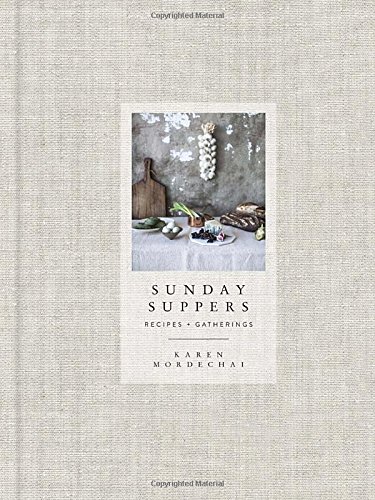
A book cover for Sunday Suppers: Recipes + Gatherings; Karen Mordechai; Cookbooks, Food & Wine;